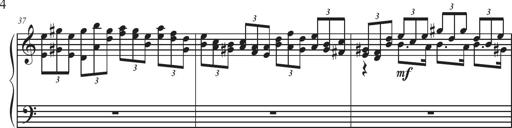
Title: Sonatina Espania
Composer: Jerald Franklin Archer
Key: Various